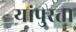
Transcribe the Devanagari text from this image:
यांपुरता